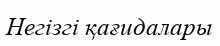
Негізгі қағидалары